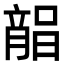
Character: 𣎘